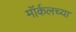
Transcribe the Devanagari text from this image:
मॉर्कलच्या